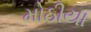
મોઠીયા